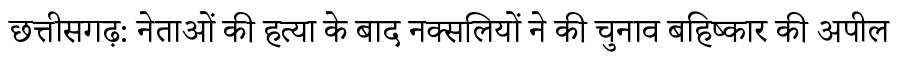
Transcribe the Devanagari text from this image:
छत्तीसगढ़: नेताओं की हत्या के बाद नक्सलियों ने की चुनाव बहिष्कार की अपील